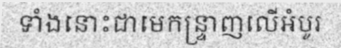
ទាំងនោះជាមេកន្ទ្រាញលើអំបូរ